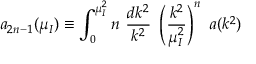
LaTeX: a _ { 2 n - 1 } ( \mu _ { I } ) \equiv \int _ { 0 } ^ { \mu _ { I } ^ { 2 } } n \ { \frac { d k ^ { 2 } } { k ^ { 2 } } } \ \left( { \frac { k ^ { 2 } } { \mu _ { I } ^ { 2 } } } \right) ^ { n } \ a ( k ^ { 2 } )